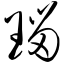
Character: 瑙